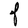
Character: F